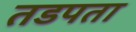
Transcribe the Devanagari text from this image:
तडपता